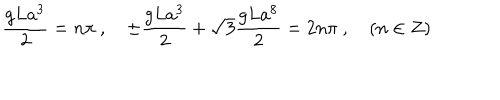
\frac { g L a ^ { 3 } } { 2 } = n \pi \ , \quad \pm \frac { g L a ^ { 3 } } { 2 } + \sqrt { 3 } \frac { g L a ^ { 8 } } { 2 } = 2 n \pi \ , \quad ( n \in Z )